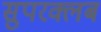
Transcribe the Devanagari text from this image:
सुपरक्लब